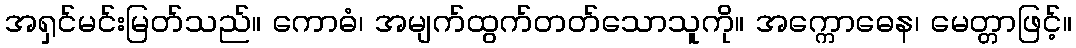
အရှင်မင်းမြတ်သည်။ ကောဓံ၊ အမျက်ထွက်တတ်သောသူကို။ အက္ကောဓေန၊ မေတ္တာဖြင့်။